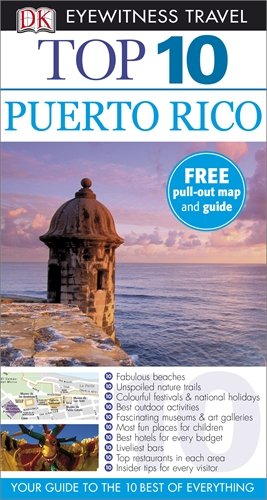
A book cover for DK Eyewitness Top 10 Travel Guide: Puerto Rico; Travel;